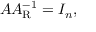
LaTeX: A A _ { \mathrm { R } } ^ { - 1 } = I _ { n } ,